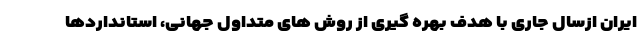
ایران ازسال جاری با هدف بهره گیری از روش های متداول جهانی، استانداردها